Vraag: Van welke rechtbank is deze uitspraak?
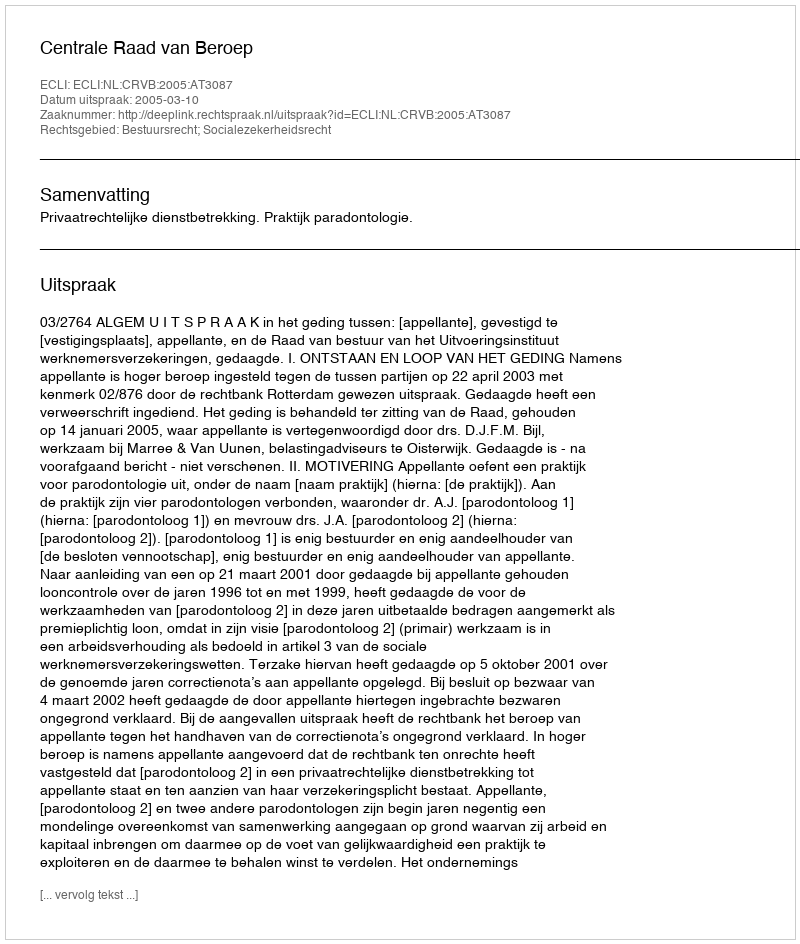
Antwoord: Centrale Raad van Beroep